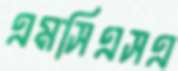
এমসিএসএ